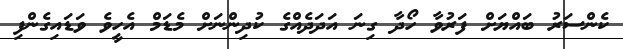
ކެންސަރު ބައްޔަށް ފަރުވާ ހޯދާ ގިނަ އަދަދެއްގެ ކުދިންނަށް މެޑަމް އެހީވެ ވަޑައިގެންފި